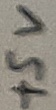
Text: +5V